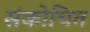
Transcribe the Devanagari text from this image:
संकोचित